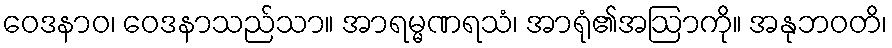
ဝေဒနာဝ၊ ဝေဒနာသည်သာ။ အာရမ္မဏရသံ၊ အာရုံ၏အဩာကို။ အနုဘဝတိ၊